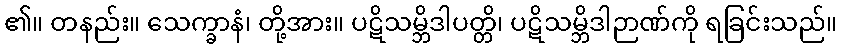
၏။ တနည်း။ သေက္ခာနံ၊ တို့အား။ ပဋိသမ္ဘိဒါပတ္တိ၊ ပဋိသမ္ဘိဒါဉာဏ်ကို ရခြင်းသည်။